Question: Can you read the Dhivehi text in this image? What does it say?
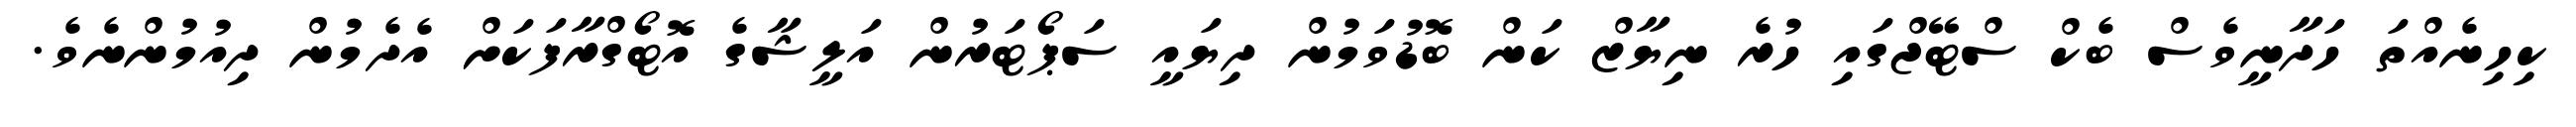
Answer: ކިހިނެއްތަ ހަދާނީވެސް ބެކް ސްޓޭޖްގައި ހުރެ ނިޔާޒް ކަން ބޮޑުވަމުން ދިޔައީ ސަޕޯޓަރުން އަލީޝާގެ އޮޓޯގްރާފަކަށް އެދެމުން ދިއުމުންނެވެ.